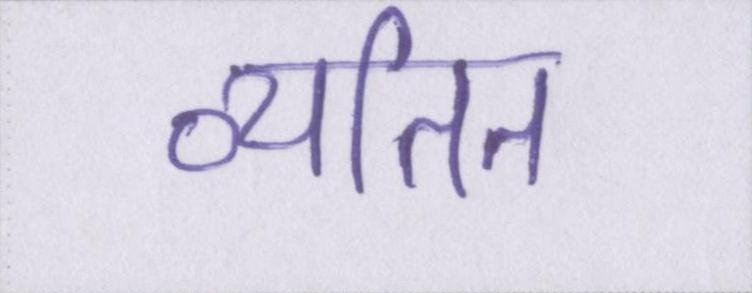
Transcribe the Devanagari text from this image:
व्यतित